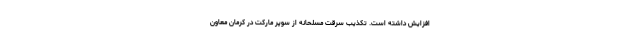
افزایش داشته است. تکذیب سرقت مسلحانه از سوپر مارکت در کرمان معاون